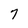
Character: 7